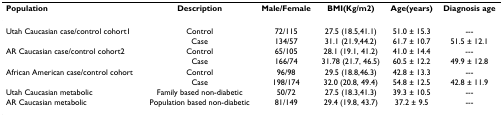
| Population | Description | Male/Female | BMI(Kg/m2) | Age(years) | Diagnosis age |
 | --- | --- | --- | --- | --- | --- |
 | Utah Caucasian case/control cohort1 | Control | 72/115 | 27.5 (18.5,41.1) | 51.0 ± 15.3 | --- |
 |  | Case | 134/57 | 31.1 (21.9,44.2) | 61.7 ± 10.7 | 51.5 ± 12.1 |
 | AR Caucasian case/control cohort2 | Control | 65/105 | 28.1 (19.1, 41.2) | 41.0 ± 14.4 | --- |
 |  | Case | 166/74 | 31.78 (21.7, 46.5) | 60.5 ± 12.2 | 49.9 ± 12.8 |
 | African American case/control cohort | Control | 96/98 | 29.5 (18.8,46.3) | 42.8 ± 13.3 | --- |
 |  | Case | 198/174 | 32.0 (20.8, 49.4) | 54.8 ± 12.5 | 42.8 ± 11.9 |
 | Utah Caucasian metabolic | Family based non-diabetic | 50/72 | 27.5 (18.3,41.3) | 39.3 ± 10.5 | --- |
 | AR Caucasian metabolic | Population based non-diabetic | 81/149 | 29.4 (19.8, 43.7) | 37.2 ± 9.5 | --- |